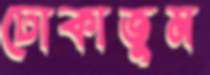
ঢোকাতুম